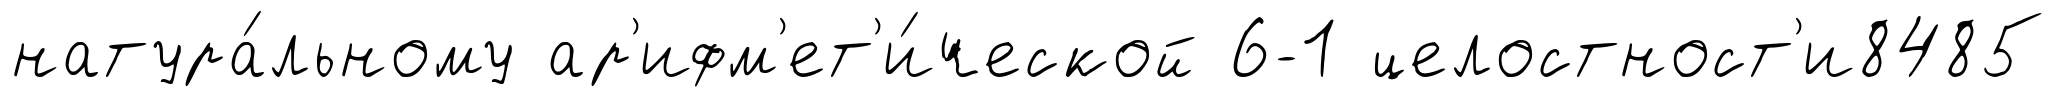
натура́льному ар'ифм'ет'и́ческой 6-1 целостност'и8485